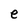
Character: e